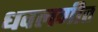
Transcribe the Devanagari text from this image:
धवलगीत